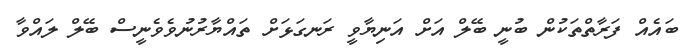
ބައެއް ފަރާތްތަކުން ބުނީ ބޭލް އަށް އަނިޔާވީ ރަނގަޅަށް ތައްޔާރުނުވެވެނީސް ބޭލް ލައްވާ